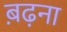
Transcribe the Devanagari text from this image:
ब़ढ़ना